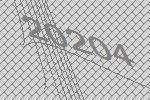
20204